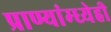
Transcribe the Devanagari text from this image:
प्राण्यांम्ध्येही